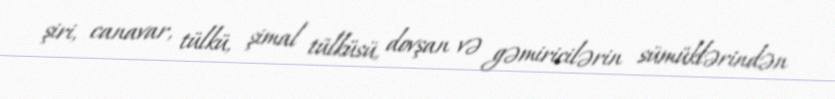
şiri, canavar, tülkü, şimal tülküsü, dovşan və gəmiricilərin sümüklərindən